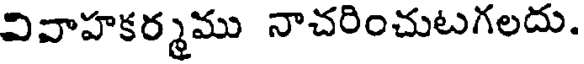
వివాహకర్మము నాచరించుటగలదు.